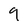
Character: 9